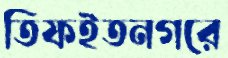
তিফইতনগরে